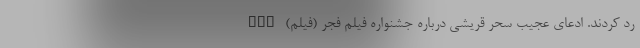
رد کردند. ادعای عجیب سحر قریشی درباره جشنواره فیلم فجر (فیلم) nan